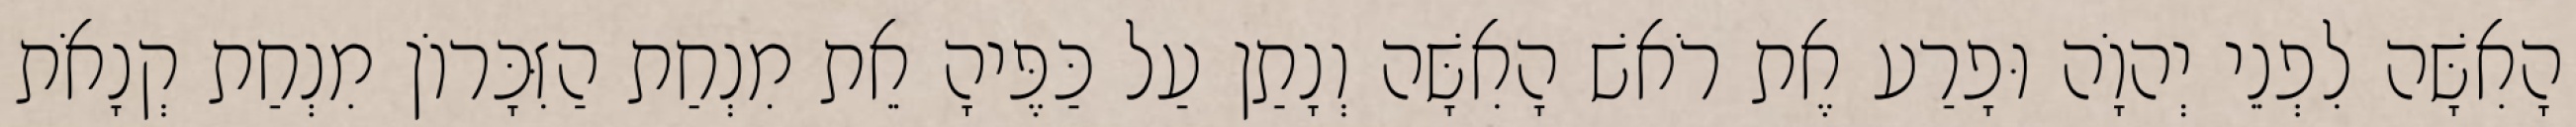
הָאִשָּׁה לִפְנֵי יְהוָֹה וּפָרַע אֶת רֹאשׁ הָאִשָּׁה וְנָתַן עַל כַּפֶּיהָ אֵת מִנְחַת הַזִּכָּרוֹן מִנְחַת קְנָאֹת